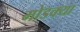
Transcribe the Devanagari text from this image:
मोडक्या